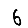
Digit: 6